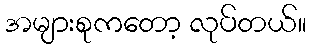
အများစုကတော့ လုပ်တယ်။